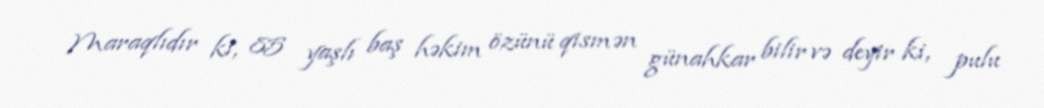
Maraqlıdır ki, 85 yaşlı baş həkim özünü qismən günahkar bilir və deyir ki, pulu